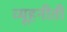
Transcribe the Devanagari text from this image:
व्यूहनीती